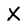
Character: X